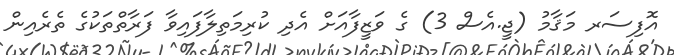
އޮފިސަރ މަޤާމު (ޖީ.އެސް 3) ގެ ވަޒީފާއަށް އެދި ކުރިމަތިލާފައިވާ ފަރާތްތަކުގެ ތެރެއިން